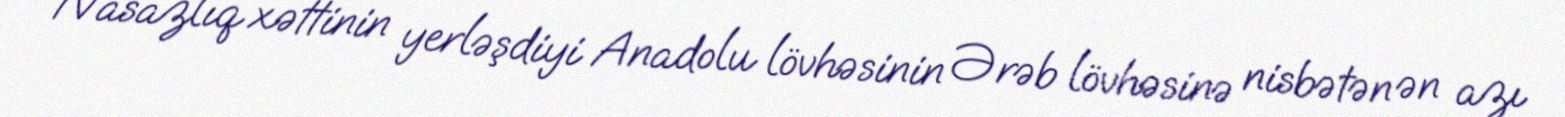
Nasazlıq xəttinin yerləşdiyi Anadolu lövhəsinin Ərəb lövhəsinə nisbətən ən azı